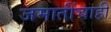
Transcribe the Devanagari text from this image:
जमातींचाही